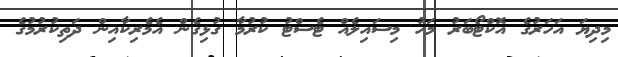
މިދިޔަ އަހަރުގެ އޮކްޓޯބަރު މަހު މިސައިލެއް ޓެސްޓު ކުރުމާ ގުޅިގެން އެމެރިކާއިން ދަތިކުރުމުގެ